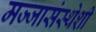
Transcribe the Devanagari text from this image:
मज्जासंस्थेशी